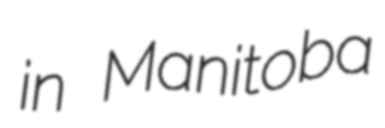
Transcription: in Manitoba